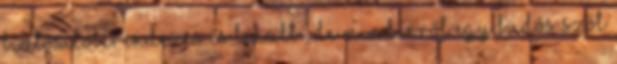
biztosítóberendezés is lehalt , de minderről egy büdös szót